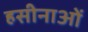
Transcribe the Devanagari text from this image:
हसीनाओं